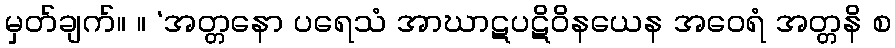
မှတ်ချက်။ ။ ‘အတ္တနော ပရေသံ အာဃာဋပဋိဝိနယေန အဝေရံ အတ္တနိ စ